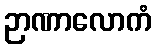
ဉာဏာလောကံ